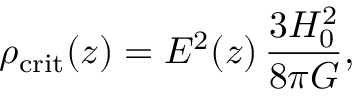
\rho _ { \mathrm { c r i t } } ( z ) = E ^ { 2 } ( z ) \, \frac { 3 H _ { 0 } ^ { 2 } } { 8 \pi G } ,